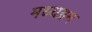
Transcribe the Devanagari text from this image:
मध्यग्रम